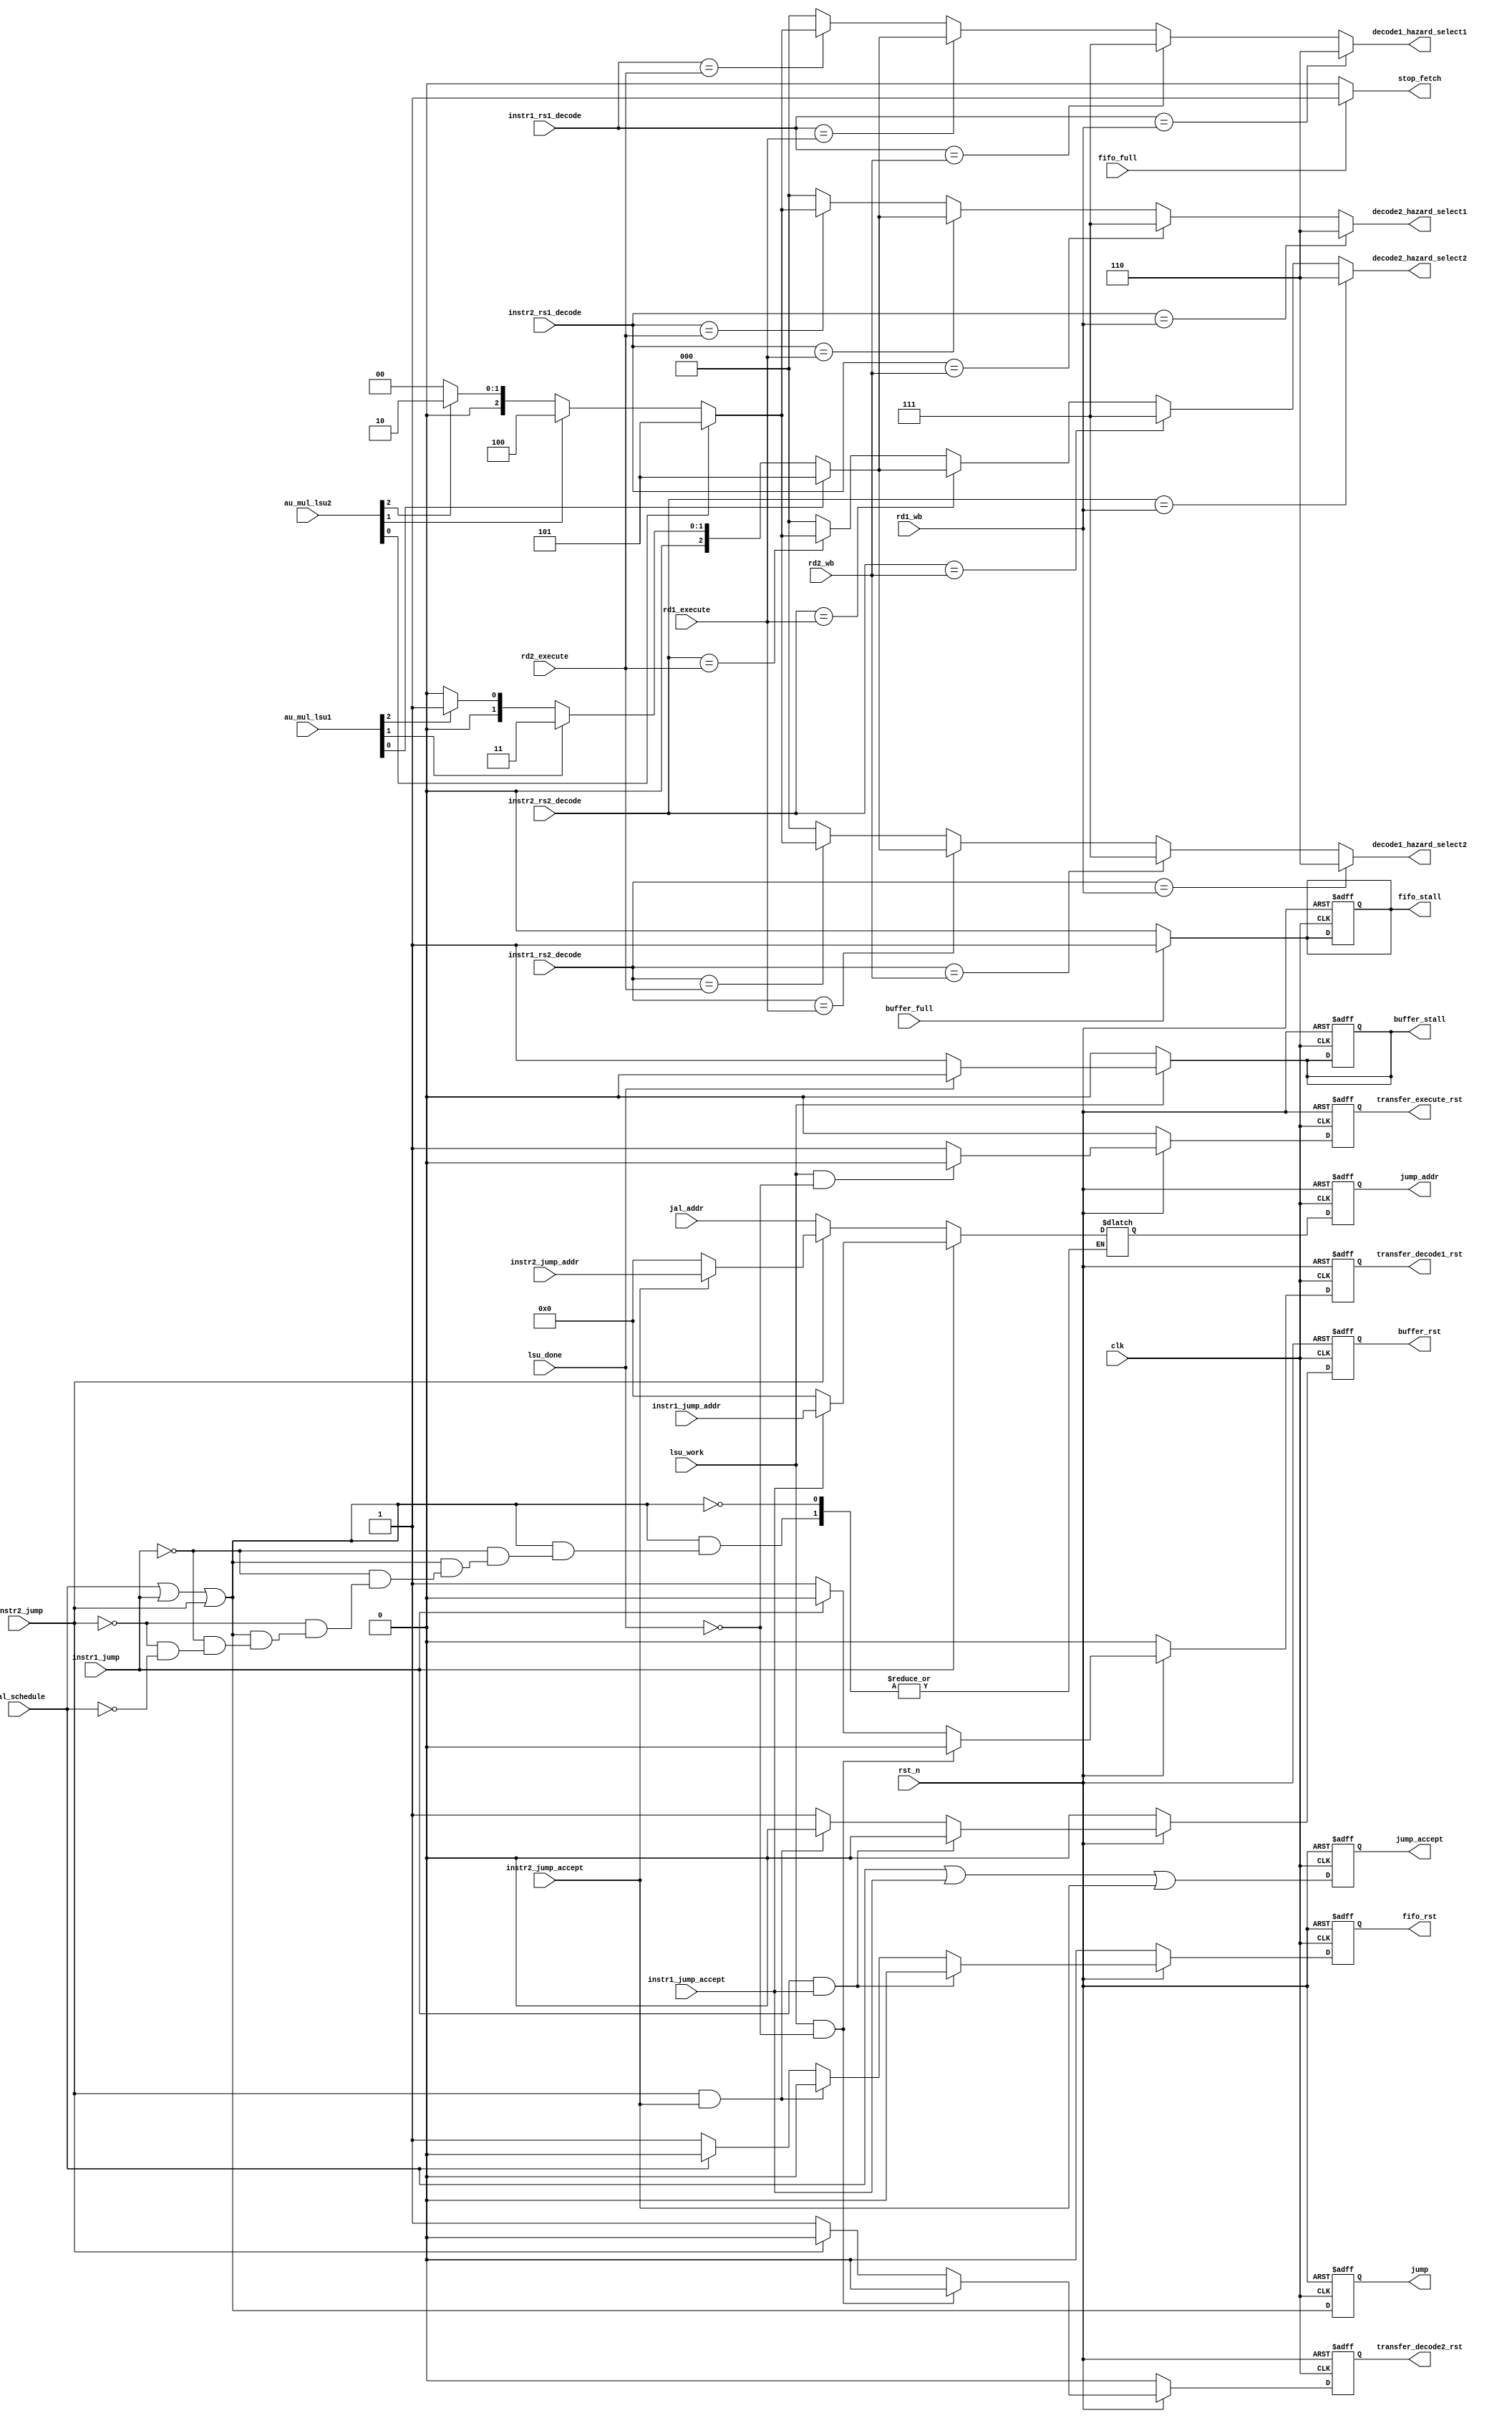
module Control(
	// Input signals
	input wire			clk,
	input wire			rst_n,
	input wire			fifo_full,
	input wire			buffer_full,
	input wire			jal_schedule,
	input wire [31:0]	jal_addr,
	input wire			instr1_jump,
	input wire			instr1_jump_accept,
	input wire [31:0]	instr1_jump_addr,
	input wire			instr2_jump,
	input wire			instr2_jump_accept,
	input wire [31:0]	instr2_jump_addr,
	input wire [4:0]	instr1_rs1_decode,
	input wire [4:0]	instr1_rs2_decode,
	input wire [4:0]	instr2_rs1_decode,
	input wire [4:0]	instr2_rs2_decode,
	input wire [4:0]	rd1_execute,
	input wire [4:0]	rd2_execute,
	input wire [4:0]	rd1_wb,
	input wire [4:0]	rd2_wb,
	input wire [2:0]	au_mul_lsu1,
	input wire [2:0]	au_mul_lsu2,
	input wire			lsu_work, 
	input wire			lsu_done,
	// Output signals	
	output reg			stop_fetch,
	output reg			jump,
	output reg			jump_accept,
	output reg [31:0]	jump_addr,
	output reg			fifo_rst,
	output reg			fifo_stall,
	output reg			buffer_rst,
	output reg 			buffer_stall,
	output reg			transfer_decode1_rst,
	output reg			transfer_decode2_rst,
	output reg			transfer_execute_rst,
	output reg [2:0]	decode1_hazard_select1,
	output reg [2:0]	decode1_hazard_select2,
	output reg [2:0]	decode2_hazard_select1,
	output reg [2:0]	decode2_hazard_select2
);


	// Signal for Cache_Controller
	reg [31:0] jump_addr_tmp;
	wire jump_tmp = jal_schedule | instr1_jump | instr2_jump;
	wire jump_accept_tmp = jal_schedule | instr1_jump_accept | instr2_jump_accept;
	always @(*) begin
		if(fifo_full) begin
			stop_fetch = 1'b1;
		end
		else stop_fetch = 1'b0;

		if(jump_tmp) begin
			if(instr1_jump) begin
				if(instr1_jump_accept) begin
					jump_addr_tmp = instr1_jump_addr;
				end
				else begin
					jump_addr_tmp = 32'd0;
				end 
			end
			else if(instr2_jump) begin
				if(instr2_jump_accept) jump_addr_tmp = instr2_jump_addr;
				else jump_addr_tmp = 32'd0;
			end
			else if(jal_schedule) begin
				jump_addr_tmp = jal_addr;
			end
		end
	end

	/// Signal for Fifo
	reg fifo_rst_tmp;
	always @(*) begin
		if(!rst_n) fifo_rst_tmp = 1'b0;
		else begin
			if(instr1_jump & instr1_jump_accept) fifo_rst_tmp = 1'b0;
			else if(instr2_jump & instr2_jump_accept) fifo_rst_tmp = 1'b0;
			else if(jal_schedule) fifo_rst_tmp = 1'b0;
			else fifo_rst_tmp = 1'b1;
		end

		if(buffer_full) begin
			fifo_stall = 1'b1;
		end
		else fifo_stall = 1'b0;
	end


	// Signal for Buffer_Execute
	reg buffer_rst_tmp;
	always @(*) begin
		if(!rst_n) buffer_rst_tmp = 1'b0;
		else begin
			if(instr1_jump & instr1_jump_accept) buffer_rst_tmp = 1'b0;
			else if(instr2_jump & instr2_jump_accept) buffer_rst_tmp = 1'b0;
			else buffer_rst_tmp = 1'b1;
		end

		if(lsu_work) begin
			if(!lsu_done) buffer_stall = 1'b1;
			else buffer_stall = 1'b0;
		end
		else buffer_stall = 1'b0;
	end

	// Signal for Transfer_Decode_Execute
	reg transfer_decode1_rst_tmp, transfer_decode2_rst_tmp;
	always @(*) begin
		if(!rst_n) begin
			transfer_decode1_rst_tmp = 1'b0;
			transfer_decode2_rst_tmp = 1'b0;
		end
		else begin
			if(lsu_work && !lsu_done) begin
				transfer_decode1_rst_tmp = 1'b0;
				transfer_decode2_rst_tmp = 1'b0;
			end
			else begin
				if(instr1_jump) transfer_decode1_rst_tmp = 1'b0;
				else transfer_decode1_rst_tmp = 1'b1;

				if(instr2_jump) transfer_decode2_rst_tmp = 1'b0;
				else transfer_decode2_rst_tmp = 1'b1;
			end
		end
	end

	// Signal for Transfer_Execute_WB
	reg transfer_execute_rst_tmp;
	always @(*) begin
		if(!rst_n) begin
			transfer_execute_rst_tmp = 1'b0;
		end
		else begin
			if(lsu_work & !lsu_done) transfer_execute_rst_tmp = 1'b0;
			else transfer_execute_rst_tmp = 1'b1;
		end
	end


	// Detect Data Hazard for Instr_Decode1
	always @(*) begin
		// Detact Hazard_select1
		if(instr1_rs1_decode == rd1_wb) begin
			decode1_hazard_select1 = 3'd6;
		end
		else if(instr1_rs1_decode == rd2_wb) begin
			decode1_hazard_select1 = 3'd7;
		end
		else if(instr1_rs1_decode == rd1_execute) begin
			if(au_mul_lsu1[0]) begin
				decode1_hazard_select1 = 3'd5;
			end
			else if(au_mul_lsu1[1]) begin
				decode1_hazard_select1 = 3'd3;
			end
			else if(au_mul_lsu1[2]) begin
				decode1_hazard_select1 = 3'd1;
			end
			else decode1_hazard_select1 = 3'd0;
		end
		else if(instr1_rs1_decode == rd2_execute) begin
			if(au_mul_lsu2[0]) begin
				decode1_hazard_select1 = 3'd5;
			end
			else if(au_mul_lsu2[1]) begin
				decode1_hazard_select1 = 3'd4;
			end
			else if(au_mul_lsu2[2]) begin
				decode1_hazard_select1 = 3'd2;
			end
			else decode1_hazard_select1 = 3'd0;
		end
		else decode1_hazard_select1 = 3'd0;
	
	// Detect hazard_select2
		if(instr1_rs2_decode == rd1_wb) begin
			decode1_hazard_select2 = 3'd6;
		end
		else if(instr1_rs2_decode == rd2_wb) begin
			decode1_hazard_select2 = 3'd7;
		end
		else if(instr1_rs2_decode == rd1_execute) begin
			if(au_mul_lsu1[0]) begin
				decode1_hazard_select2 = 3'd5;
			end
			else if(au_mul_lsu1[1]) begin
				decode1_hazard_select2 = 3'd3;
			end
			else if(au_mul_lsu1[2]) begin
				decode1_hazard_select2 = 3'd1;
			end
			else decode1_hazard_select2 = 3'd0;
		end
		else if(instr1_rs2_decode == rd2_execute) begin
			if(au_mul_lsu2[0]) begin
				decode1_hazard_select2 = 3'd5;
			end
			else if(au_mul_lsu2[1]) begin
				decode1_hazard_select2 = 3'd4;
			end
			else if(au_mul_lsu2[2]) begin
				decode1_hazard_select2 = 3'd2;
			end
			else decode1_hazard_select2 = 3'd0;
		end
		else decode1_hazard_select2 = 3'd0;
	end

	// Detect For Instr_Decode2
	always @(*) begin
		// Detact Hazard_select1
		if(instr2_rs1_decode == rd1_wb) begin
			decode2_hazard_select1 = 3'd6;
		end
		else if(instr2_rs1_decode == rd2_wb) begin
			decode2_hazard_select1 = 3'd7;
		end
		else if(instr2_rs1_decode == rd1_execute) begin
			if(au_mul_lsu1[0]) begin
				decode2_hazard_select1 = 3'd5;
			end
			else if(au_mul_lsu1[1]) begin
				decode2_hazard_select1 = 3'd3;
			end
			else if(au_mul_lsu1[2]) begin
				decode2_hazard_select1 = 3'd1;
			end
			else decode2_hazard_select1 = 3'd0;
		end
		else if(instr2_rs1_decode == rd2_execute) begin
			if(au_mul_lsu2[0]) begin
				decode2_hazard_select1 = 3'd5;
			end
			else if(au_mul_lsu2[1]) begin
				decode2_hazard_select1 = 3'd4;
			end
			else if(au_mul_lsu2[2]) begin
				decode2_hazard_select1 = 3'd2;
			end
			else decode2_hazard_select1 = 3'd0;
		end
		else decode2_hazard_select1 = 3'd0;
	
	// Detect hazard_select2
		if(instr2_rs2_decode == rd1_wb) begin
			decode2_hazard_select2 = 3'd6;
		end
		else if(instr2_rs2_decode == rd2_wb) begin
			decode2_hazard_select2 = 3'd7;
		end
		else if(instr2_rs2_decode == rd1_execute) begin
			if(au_mul_lsu1[0]) begin
				decode2_hazard_select2 = 3'd5;
			end
			else if(au_mul_lsu1[1]) begin
				decode2_hazard_select2 = 3'd3;
			end
			else if(au_mul_lsu1[2]) begin
				decode2_hazard_select2 = 3'd1;
			end
			else decode2_hazard_select2 = 3'd0;
		end
		else if(instr2_rs2_decode == rd2_execute) begin
			if(au_mul_lsu2[0]) begin
				decode2_hazard_select2 = 3'd5;
			end
			else if(au_mul_lsu2[1]) begin
				decode2_hazard_select2 = 3'd4;
			end
			else if(au_mul_lsu2[2]) begin
				decode2_hazard_select2 = 3'd2;
			end
			else decode2_hazard_select2 = 3'd0;
		end
		else decode2_hazard_select2 = 3'd0;
	end


	always @(posedge clk or negedge rst_n) begin
		if(!rst_n) begin
			jump <= 1'b0;
			jump_accept <= 1'b0;
			jump_addr <= 32'd0;
			fifo_rst <= 1'b0;
			fifo_stall <= 1'b0;
			buffer_rst <= 1'b0;
			buffer_stall <= 1'b0;
			transfer_decode1_rst <= 1'b0;
			transfer_decode2_rst <= 1'b0;
			transfer_execute_rst <= 1'b0;
		end
		else begin
			jump <= jump_tmp;
			jump_accept <= jump_accept_tmp;
			jump_addr <= jump_addr_tmp;
			fifo_rst <= fifo_rst_tmp;
			buffer_rst <= buffer_rst_tmp;
			transfer_decode1_rst <= transfer_decode1_rst_tmp;
			transfer_decode2_rst <= transfer_decode2_rst_tmp;
			transfer_execute_rst <= transfer_execute_rst_tmp;
		end
	end

endmodule